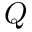
Q